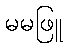
မမဖြူ